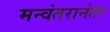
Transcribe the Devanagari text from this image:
मन्वंतरानंतर